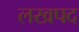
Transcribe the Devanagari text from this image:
लखपद